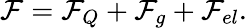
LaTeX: \mathcal F=\mathcal F_{Q}+\mathcal F_{g}+\mathcal F_{el}.